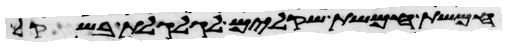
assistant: חמשת חמשת שקלים לגלגלת בשקל